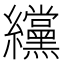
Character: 𫄗